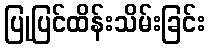
ပြုပြင်ထိန်းသိမ်းခြင်း